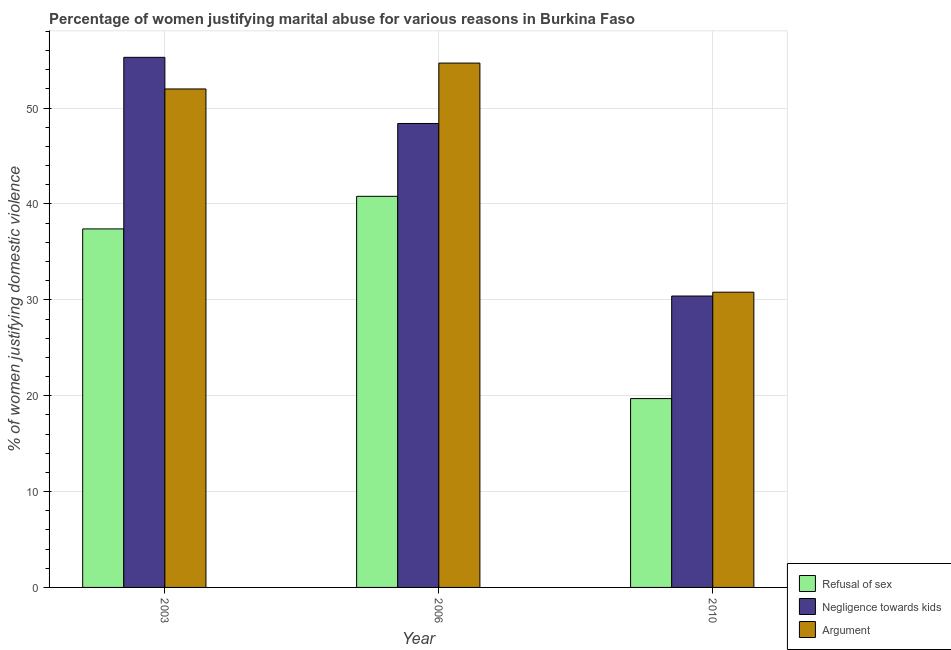
| Year | Refusal of sex | Negligence towards kids | Argument |
 | --- | --- | --- | --- |
 | 2003 | 37.4 | 55.3 | 52 |
 | 2006 | 40.8 | 48.4 | 54.7 |
 | 2010 | 19.7 | 30.4 | 30.8 |